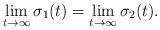
LaTeX: \begin{align*}\lim_{t \rightarrow \infty} \sigma_1(t) = \lim_{t \rightarrow \infty} \sigma_2(t).\end{align*}